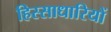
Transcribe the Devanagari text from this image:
हिस्साधारियों